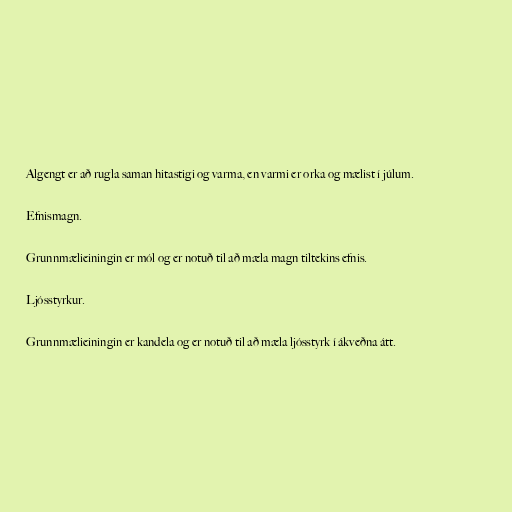
Algengt er að rugla saman hitastigi og varma, en varmi er orka og mælist í júlum.

Efnismagn.

Grunnmælieiningin er mól og er notuð til að mæla magn tiltekins efnis.

Ljósstyrkur.

Grunnmælieiningin er kandela og er notuð til að mæla ljósstyrk í ákveðna átt.